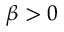
\beta > 0